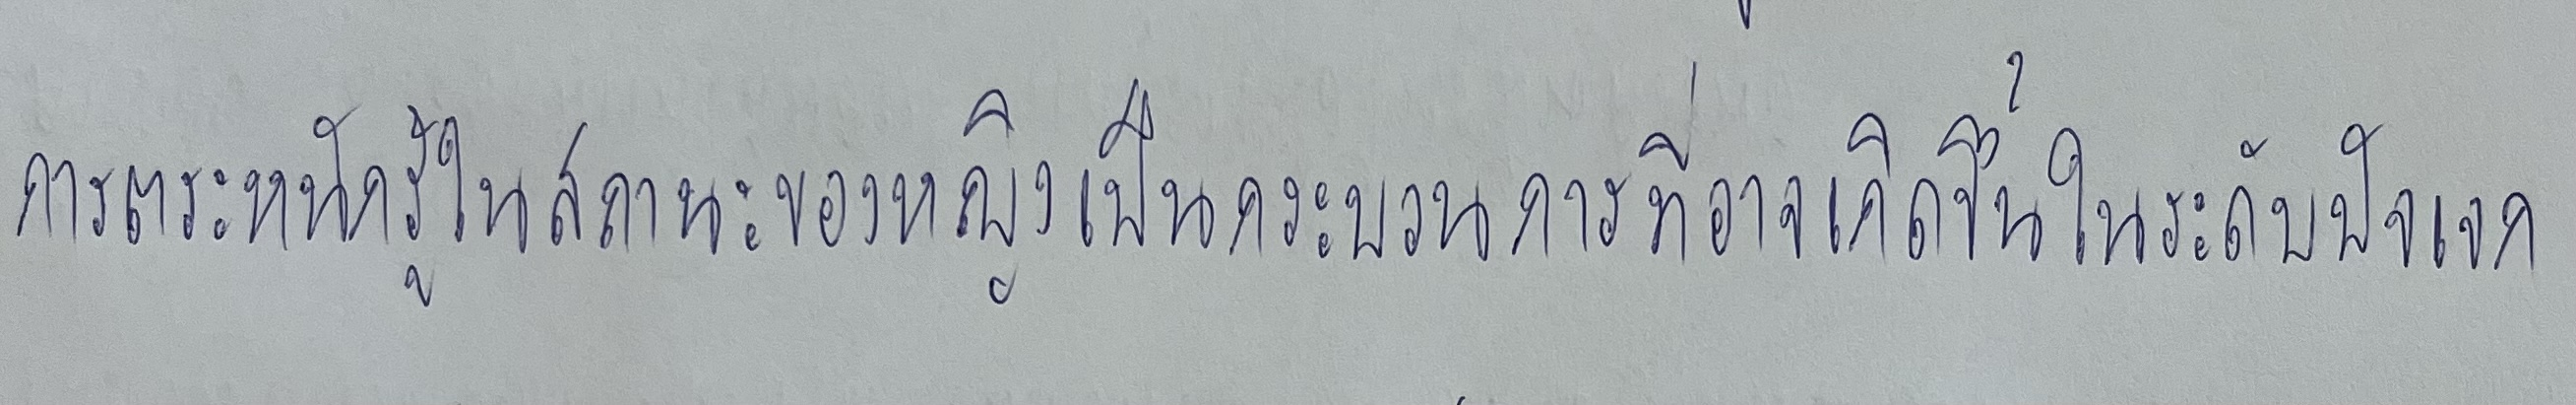
การตระหนักรู้ในสถานะของหญิงเป็นกระบวนการที่อาจเกิดขึ้นในระดับปัจเจก